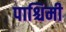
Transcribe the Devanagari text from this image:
पाश्चिमी